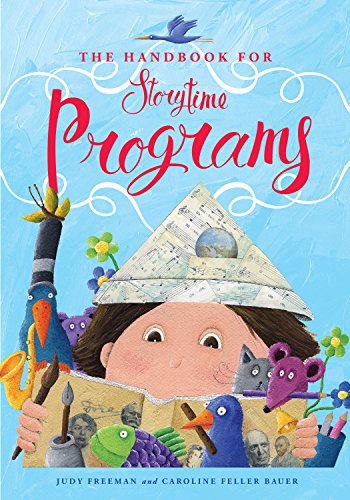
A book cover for The Handbook for Storytime Programs; Judy Freeman; Politics & Social Sciences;